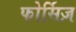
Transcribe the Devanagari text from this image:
फोर्सिज़